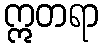
ဣတရာ